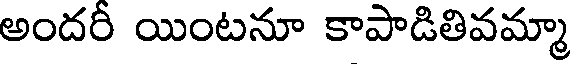
అందరీ యింటనూ కాపాడితివమ్మా